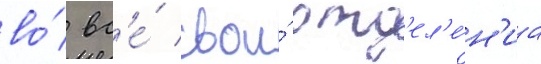
во́ вс'е́ свои́ отд'ел'е́н'иа